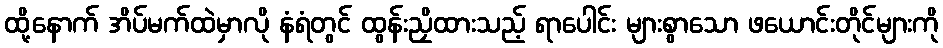
ထို့နောက် အိပ်မက်ထဲမှာလို နံရံတွင် ထွန်းညှိထားသည့် ရာပေါင်း များစွာသော ဖယောင်းတိုင်များကို